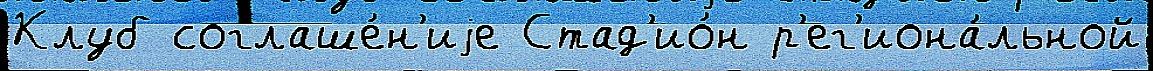
Клуб соглаше́н'иjе Стад'ио́н р'ег'иона́льной